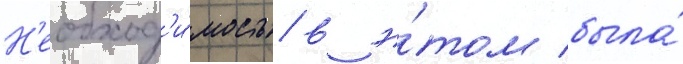
Н'еобход'и́мость в э́том была́